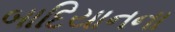
બાદિયાનના